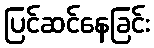
ပြင်ဆင်နေခြင်း